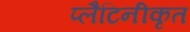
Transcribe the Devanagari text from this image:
प्लैटिनीकृत